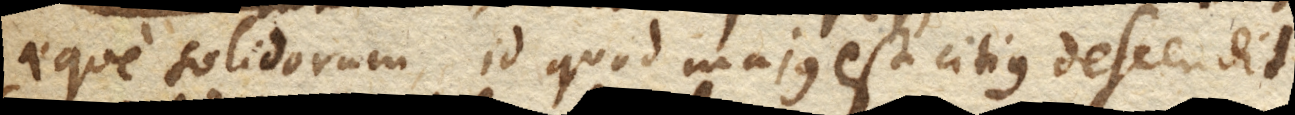
aeque solidorum, id quod majus est citius descendit.